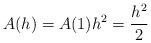
LaTeX: \begin{align*}A(h) = A(1) h^2= \frac{h^2}{2}\end{align*}